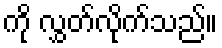
ကို လွှတ်လိုက်သည်။